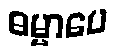
ဓမ္မာပေ